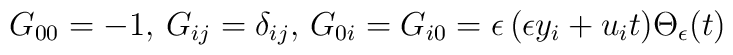
G_{00} = -1, \, G_{ij} = \delta_{ij}, \,G_{0i} = G_{i0} = \epsilon\,(\epsilon y_i + u_i t) \Theta_{\epsilon} (t)